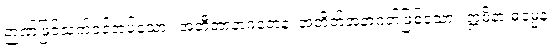
ဉာဏ်ဖြင့်သက်ဝင်အပ်သော။ အတီတာနာဂတေန၊ အတိတ်အနာဂတ်ဖြစ်သော။ ဣမိနာ ဓမ္မေန၊